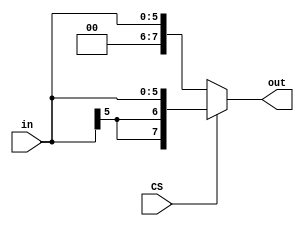
`timescale 1ns / 1ps
//////////////////////////////////////////////////////////////////////////////////
// Company: 
// Engineer: 
// 
// Design Name: 
// Module Name: constant
// Project Name: 
// Target Devices: 
// Tool Versions: 
// Description: 
// 
// Dependencies: 
// 
// Revision:
// Revision 0.01 - File Created
// Additional Comments:
// 
//////////////////////////////////////////////////////////////////////////////////


module constant(
    input CS,
    input [5:0] in,
    output [7:0] out
    );
	 assign out = CS ? {in[5],in[5],in} : {2'b00, in};
endmodule